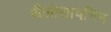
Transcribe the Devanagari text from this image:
थैलोसायनिन